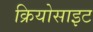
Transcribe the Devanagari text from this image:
क्रियोसाइट